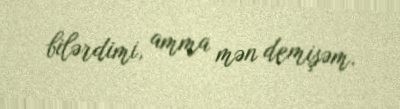
bilərdimi, amma mən demişəm.